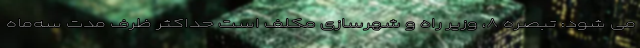
می‌ شود: تبصره ۸، وزیر راه‌ و شهرسازی مکلف است حداکثر ظرف مدت سه‌ماه